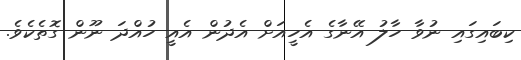
ކިބައިގައި ނުވާ ހާލު އޭނާގެ އެހީއަށް އެދުން އެއީ ހުއްދަ ނޫން ގޮތެކެވެ.